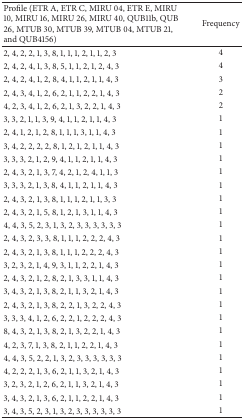
<table><thead><tr><td><b>Profile (ETR A, ETR C, MIRU 04, ETR E, MIRU 10, MIRU 16, MIRU 26, MIRU 40, QUB11b, QUB 26, MTUB 30, MTUB 39, MTUB 04, MTUB 21, and QUB4156)</b></td><td><b>Frequency</b></td></tr></thead><tbody><tr><td>2, 4, 2, 2, 1, 3, 8, 1, 1, 1, 2, 1, 1, 2, 3</td><td>4</td></tr><tr><td>2, 4, 2, 4, 1, 3, 8, 5, 1, 1, 2, 1, 2, 4, 3</td><td>4</td></tr><tr><td>2, 4, 2, 4, 1, 2, 8, 4, 1, 1, 2, 1, 1, 4, 3</td><td>3</td></tr><tr><td>2, 4, 3, 4, 1, 2, 6, 2, 1, 1, 2, 2, 1, 4, 3</td><td>2</td></tr><tr><td>4, 2, 3, 4, 1, 2, 6, 2, 1, 3, 2, 2, 1, 4, 3</td><td>2</td></tr><tr><td>3, 3, 2, 1, 1, 3, 9, 4, 1, 1, 2, 1, 1, 4, 3</td><td>1</td></tr><tr><td>2, 4, 1, 2, 1, 2, 8, 1, 1, 1, 3, 1, 1, 4, 3</td><td>1</td></tr><tr><td>3, 4, 2, 2, 2, 2, 8, 1, 2, 1, 2, 1, 1, 4, 3</td><td>1</td></tr><tr><td>3, 3, 3, 2, 1, 2, 9, 4, 1, 1, 2, 1, 1, 4, 3</td><td>1</td></tr><tr><td>2, 4, 3, 2, 1, 3, 7, 4, 2, 1, 2, 4, 1, 1, 3</td><td>1</td></tr><tr><td>3, 3, 3, 2, 1, 3, 8, 4, 1, 1, 2, 1, 1, 4, 3</td><td>1</td></tr><tr><td>2, 4, 3, 2, 1, 3, 8, 1, 1, 1, 2, 1, 1, 3, 3</td><td>1</td></tr><tr><td>2, 4, 3, 2, 1, 5, 8, 1, 2, 1, 3, 1, 1, 4, 3</td><td>1</td></tr><tr><td>4, 4, 3, 5, 2, 3, 1, 3, 2, 3, 3, 3, 3, 3, 3</td><td>1</td></tr><tr><td>2, 4, 3, 2, 3, 3, 8, 1, 1, 1, 2, 2, 2, 4, 3</td><td>1</td></tr><tr><td>2, 4, 3, 2, 1, 3, 8, 1, 1, 1, 2, 2, 2, 4, 3</td><td>1</td></tr><tr><td>3, 2, 3, 2, 1, 4, 9, 3, 1, 1, 2, 2, 1, 4, 3</td><td>1</td></tr><tr><td>2, 4, 3, 2, 1, 2, 8, 2, 1, 3, 3, 1, 1, 4, 3</td><td>1</td></tr><tr><td>3, 4, 3, 2, 1, 3, 8, 2, 1, 1, 3, 2, 1, 4, 3</td><td>1</td></tr><tr><td>2, 4, 3, 2, 1, 3, 8, 2, 2, 1, 3, 2, 2, 4, 3</td><td>1</td></tr><tr><td>3, 3, 3, 4, 1, 2, 6, 2, 2, 1, 2, 2, 2, 4, 3</td><td>1</td></tr><tr><td>8, 4, 3, 2, 1, 3, 8, 2, 1, 3, 2, 2, 1, 4, 3</td><td>1</td></tr><tr><td>4, 2, 3, 7, 1, 3, 8, 2, 1, 1, 2, 2, 1, 4, 3</td><td>1</td></tr><tr><td>4, 4, 3, 5, 2, 2, 1, 3, 2, 3, 3, 3, 3, 3, 3</td><td>1</td></tr><tr><td>4, 2, 2, 2, 1, 3, 6, 2, 1, 1, 3, 2, 1, 4, 3</td><td>1</td></tr><tr><td>3, 2, 3, 2, 1, 2, 6, 2, 1, 1, 3, 2, 1, 4, 3</td><td>1</td></tr><tr><td>3, 4, 3, 2, 1, 3, 6, 2, 1, 1, 2, 2, 1, 4, 3</td><td>1</td></tr><tr><td>3, 4, 3, 5, 2, 3, 1, 3, 2, 3, 3, 3, 3, 3, 3</td><td>1</td></tr></tbody></table>